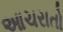
આચરાતો